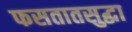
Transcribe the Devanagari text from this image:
फसतातसुद्धा